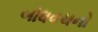
બોધવચનો